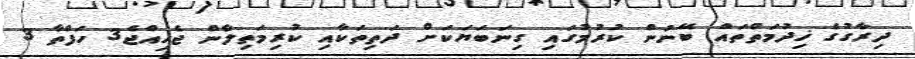
ދިރާގުގެ ޚިދުމަތްތައް ބޭނުން ކުރުމުގައި ގިނަބަޔަކަށް ދަތިތަކާއި ކުރިމަތިލާން ޖެހިއްޖެ3 ހަފްތާ 3